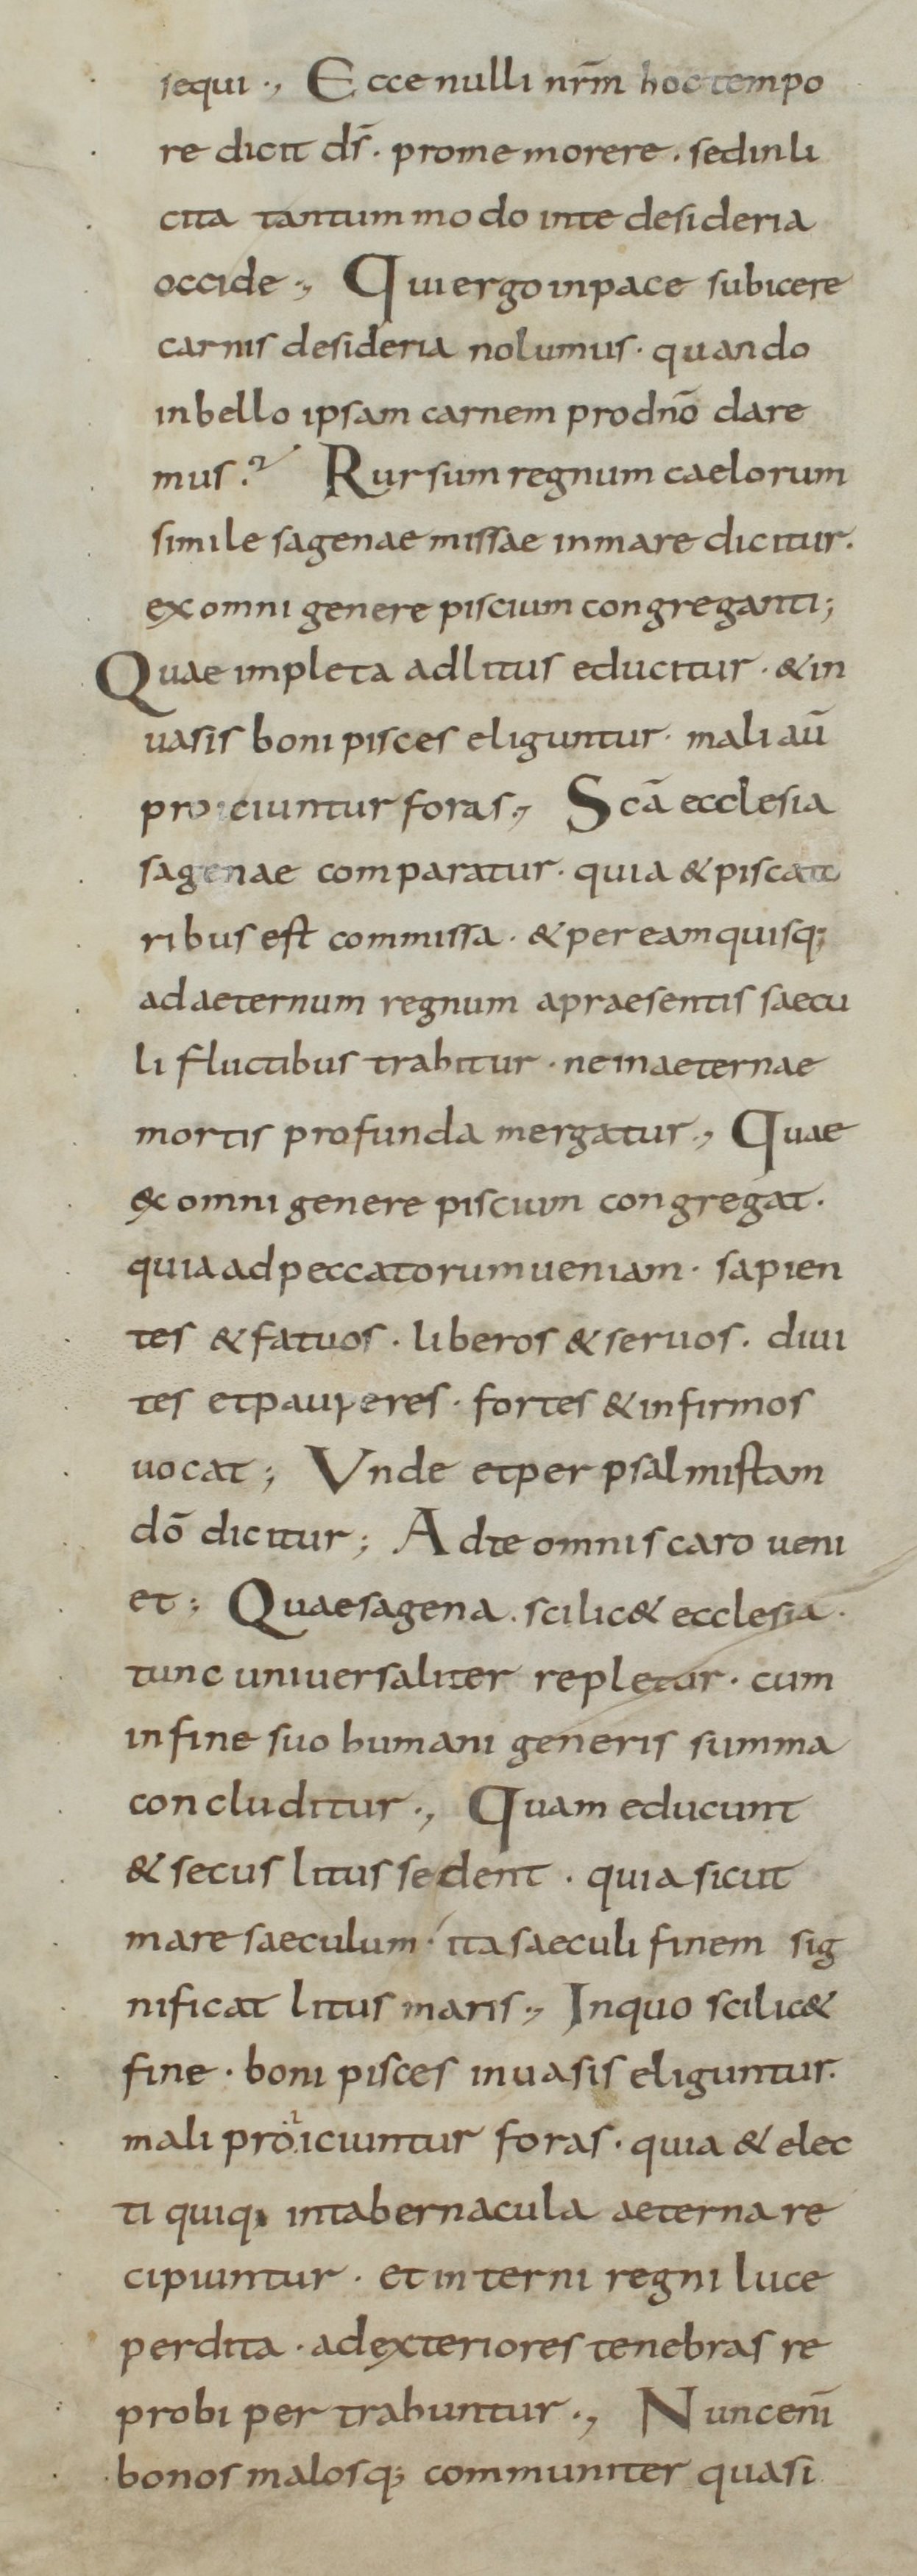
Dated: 800–899